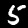
Digit: 5